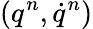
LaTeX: (q^{n},\dot{q}^{n})